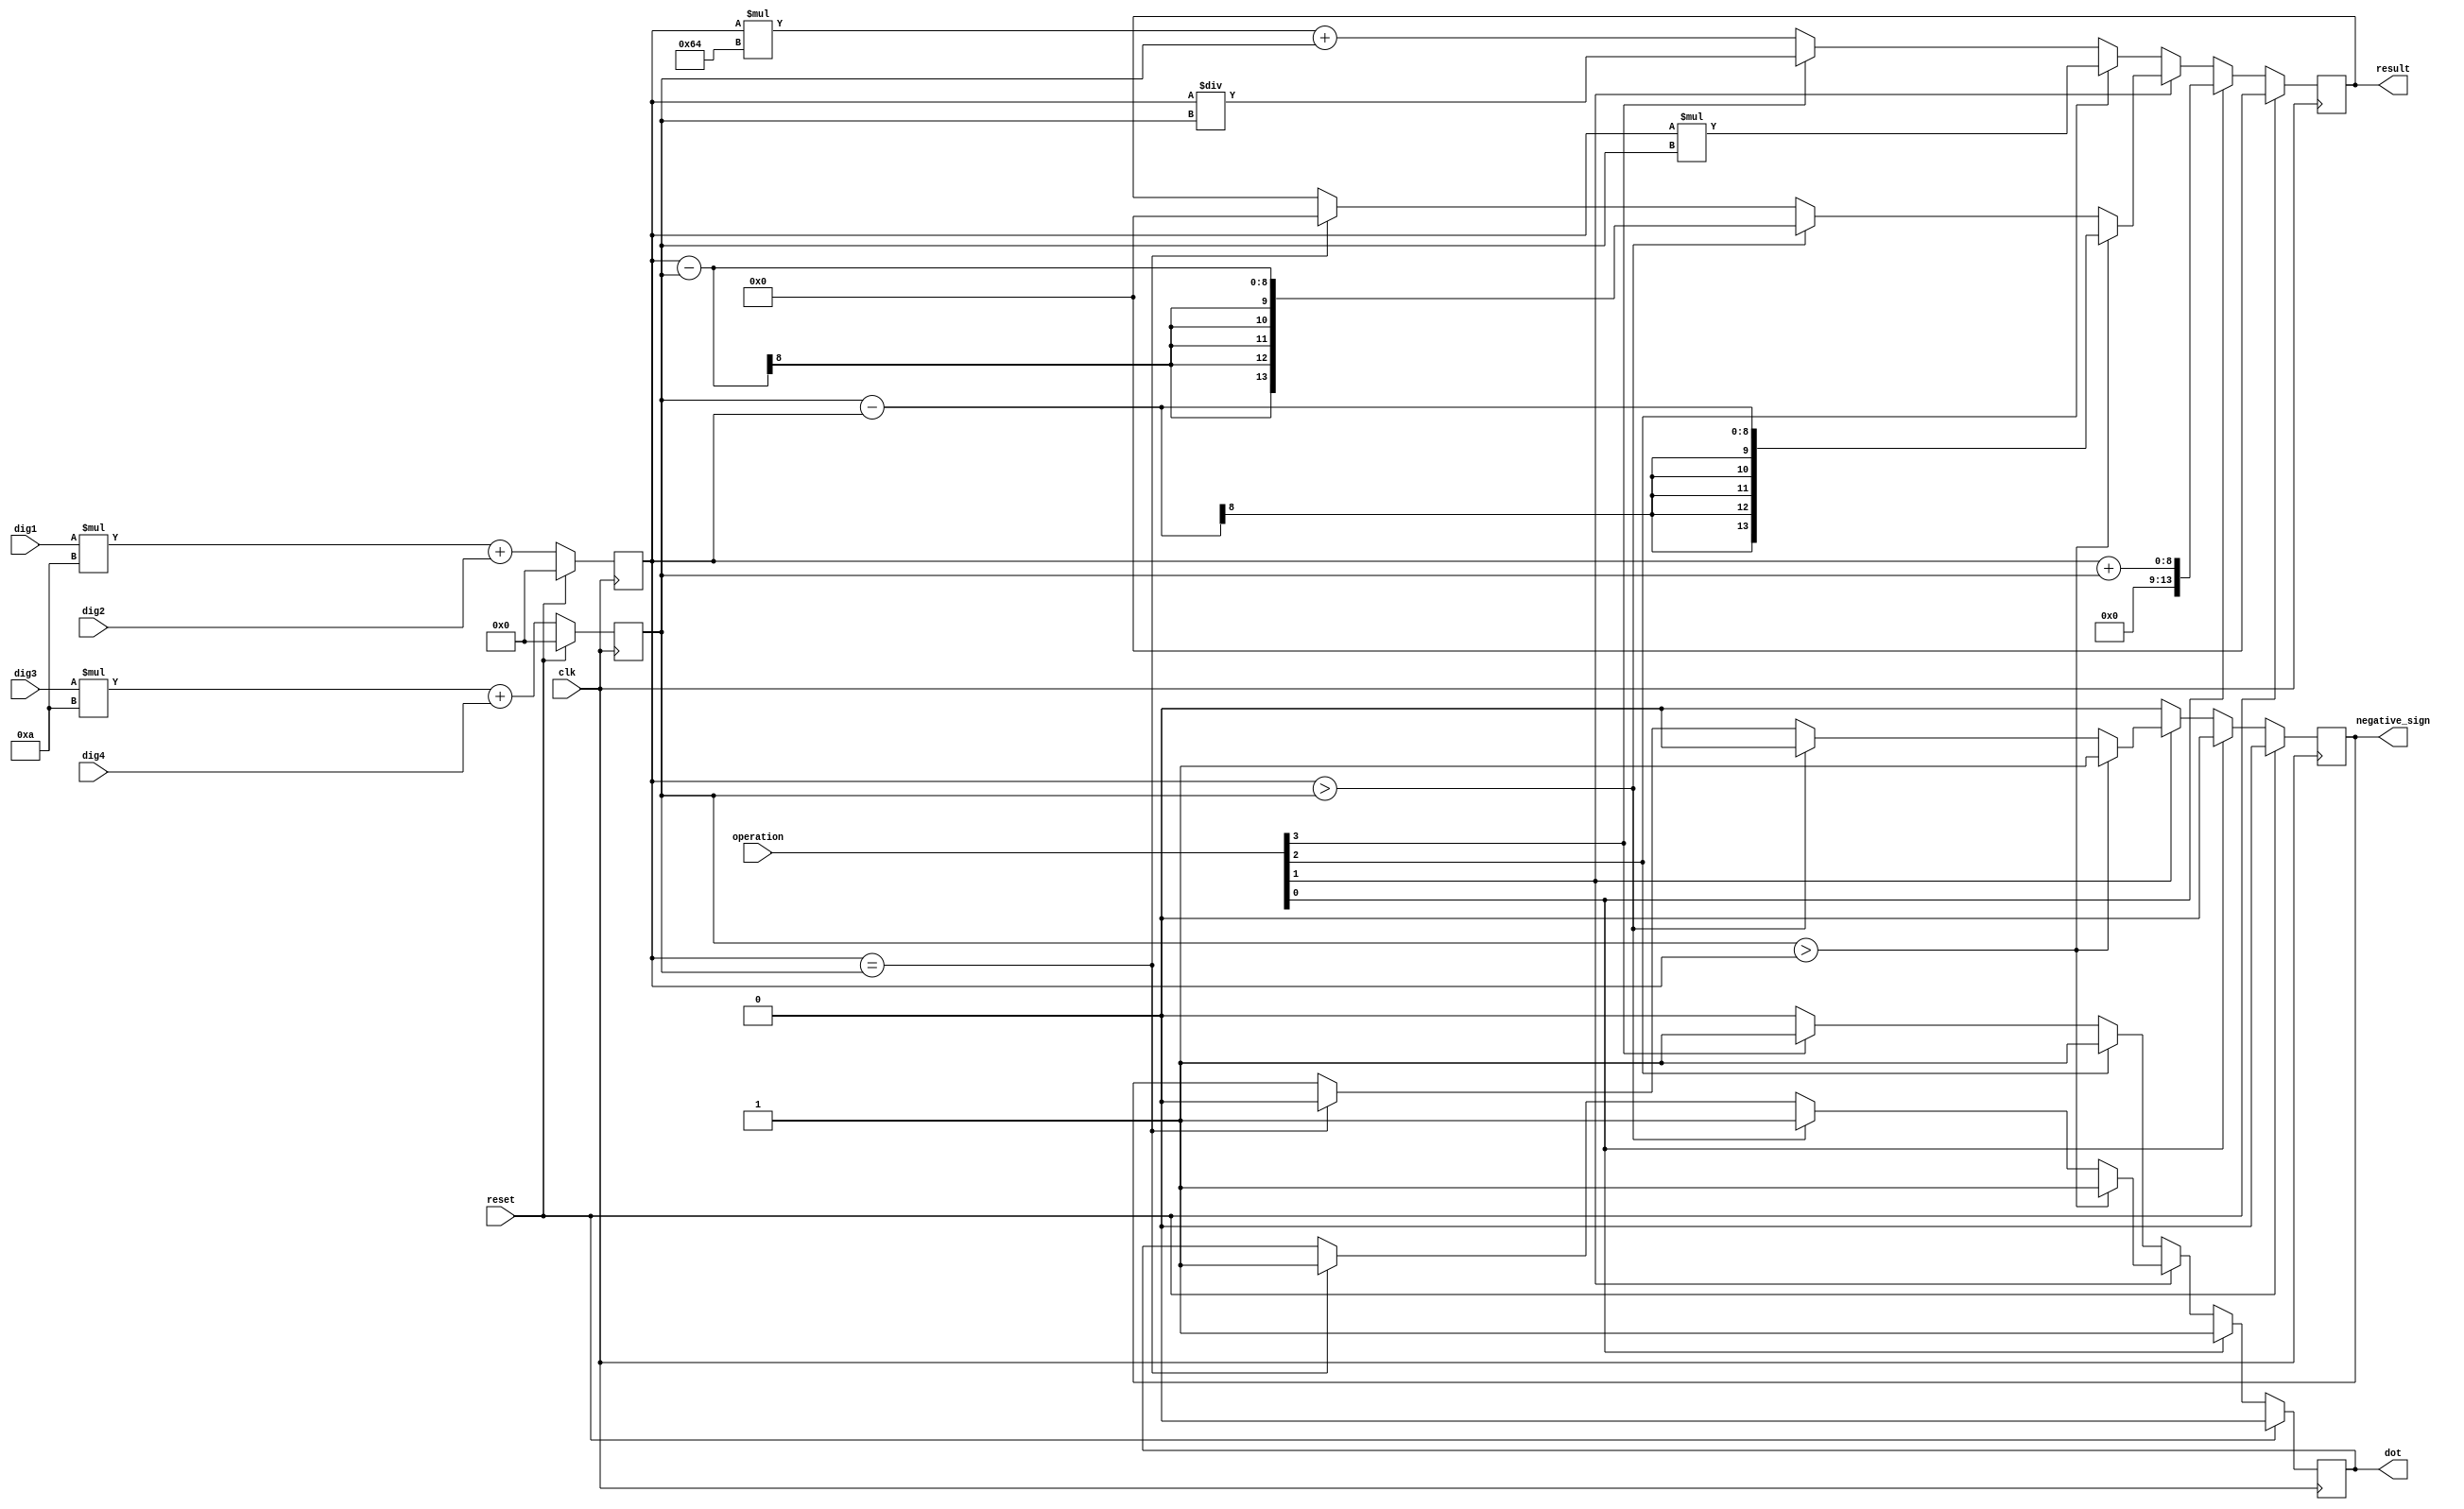
module operations(
input clk,
input [4:0] operation,
input reset,
input [3:0] dig1, dig2, dig3, dig4,
output reg [13:0] result,
output reg  negative_sign,
output reg dot
    );
  
    reg [7:0] num1, num2;
    
    always @(posedge clk) begin
    
        if (reset == 1) begin
            num1 = 0;
            num2 = 0;
            
        end
        else begin
            num1 = (dig1 * 10) + dig2;
            num2 = (dig3 * 10) + dig4;
            
        end
    
    end
    
    always @(posedge (clk))
     begin
    
        if (reset == 1) begin
            result <= 16'b0;
             negative_sign <= 0;
             dot<=0;
             
        end
        
        else if (operation[0] == 1) begin    //add
            result <= num1 + num2;
             negative_sign <= 0;
             dot<=1;
             
        end
        
        else if (operation[1] == 1) begin    //subtract
          if (num1==num2) begin
                      result <= 0;
                      negative_sign <= 0;
                      dot<=1;
                      
                  end
            if (num1>num2) begin
                result <= num1 - num2;
                negative_sign <= 0;
                dot<=1;
            end
            
            if (num2>num1) begin
                result <= num2 - num1;
                negative_sign <=  1;
                dot<=1;
            end
        end
               
        else if (operation[2] == 1) begin    //multiply
            result <= num1 * num2;
             negative_sign <= 0;
             dot<=1;
        end
         
        else if (operation[3] == 1) begin    //divide
            result <= num1 / num2;
             negative_sign <= 0;
            dot<=1;
              
        end
         else if (operation[4] == 1) begin    //divide
                   result<= (num1 *100) + num2;
                    negative_sign <= 0;
                   dot<=0;
                     
               end
        else
        begin
        result<= (num1 *100) + num2;
        negative_sign <= 0;
        dot<=0;
        end
   end
endmodule